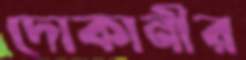
দোকানীর